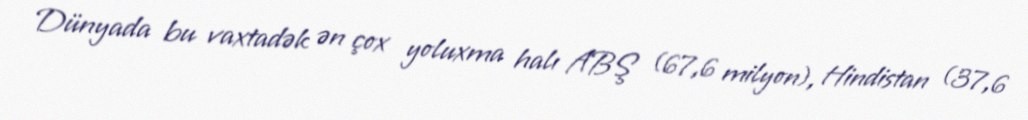
Dünyada bu vaxtadək ən çox yoluxma halı ABŞ (67,6 milyon), Hindistan (37,6